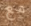
مع